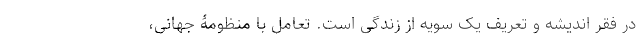
در فقرِ اندیشه و تعریف یک سویه از زندگی است. تعامل با منظومۀ جهانی،